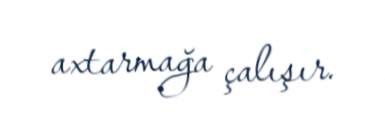
axtarmağa çalışır.